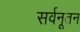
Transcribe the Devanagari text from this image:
सर्वनूतन